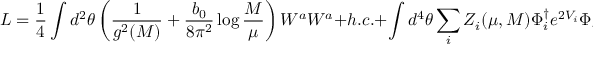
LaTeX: L = { \frac { 1 } { 4 } } \int d ^ { 2 } \theta \left( { \frac { 1 } { g ^ { 2 } ( M ) } } + { \frac { b _ { 0 } } { 8 \pi ^ { 2 } } } \log { \frac { M } { \mu } } \right) W ^ { a } W ^ { a } + h . c . + \int d ^ { 4 } \theta \sum _ { i } Z _ { i } ( \mu , M ) \Phi _ { i } ^ { \dagger } e ^ { 2 V _ { i } } \Phi _ { i } \, ,